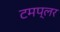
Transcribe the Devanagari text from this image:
टमप्लर